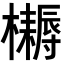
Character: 𣟪